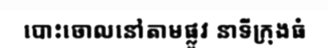
បោះចោលនៅតាមផ្លូវ នាទីក្រុងធំ